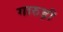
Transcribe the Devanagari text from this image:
गारुड़ी